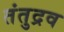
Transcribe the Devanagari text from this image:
तंतुद्रव